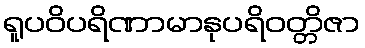
ရူပဝိပရိဏာမာနုပရိဝတ္တိဇာ